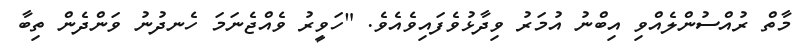
މާތް ރުއްސުންލެއްވި އިބްނު އުމަރު ވިދާޅުވެފައިވެއެވެ. "ހަވީރު ވެއްޖެނަމަ ހެނދުނު ވަންދެން ތިބާ